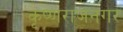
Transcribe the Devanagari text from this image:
कृष्णराजनगर